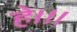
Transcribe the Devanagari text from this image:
हे।।।